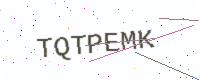
Text: TQTPEMK